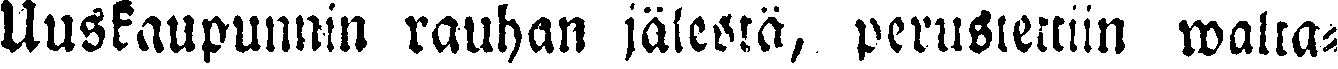
Uuskaupunnin rauhan jälestä, perustettiin walta-